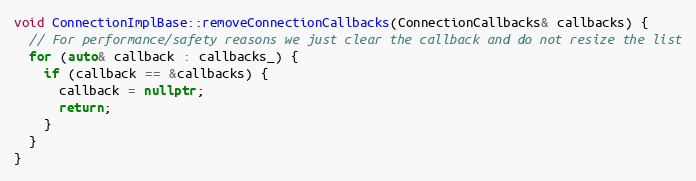
Language: C++
void ConnectionImplBase::removeConnectionCallbacks(ConnectionCallbacks& callbacks) {
  // For performance/safety reasons we just clear the callback and do not resize the list
  for (auto& callback : callbacks_) {
    if (callback == &callbacks) {
      callback = nullptr;
      return;
    }
  }
}